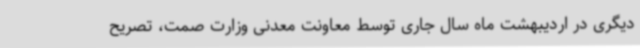
دیگری در اردیبهشت ماه سال جاری توسط معاونت معدنی وزارت صمت، تصریح